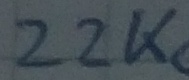
Text: 22K